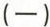
(一)